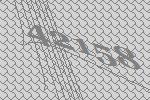
42158